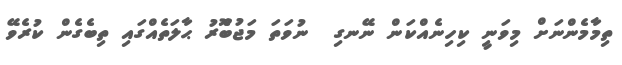
ތިމާމެންނަށް މިވަނީ ކިހިނެއްކަން ނޭނގި  ނުވަތަ މަޖުބޫެރު ޙާލަތެއްގައި ތިބެގެން ކުރެވޭ